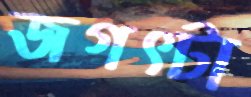
জগত্টা